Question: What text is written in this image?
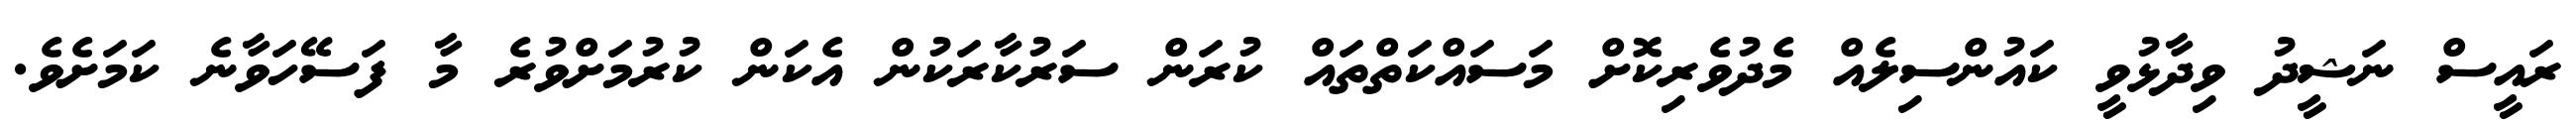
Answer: ރައީސް ނަޝީދު ވިދާޅުވީ ކައުންސިލެއް މެދުވެރިކޮށް މަސައްކަތްތައް ކުރަން ސަރުކާރަކުން އެކަން ކުރުމަށްވުރެ މާ ފަސޭހަވާނެ ކަމަށެވެ.